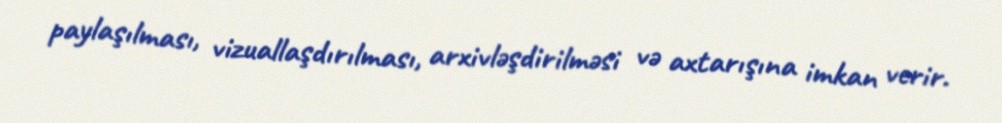
paylaşılması, vizuallaşdırılması, arxivləşdirilməsi və axtarışına imkan verir.